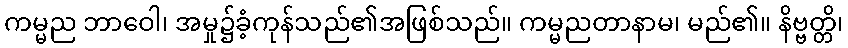
ကမ္မည ဘာဝေါ၊ အမှု၌ခံ့ကုန်သည်၏အဖြစ်သည်။ ကမ္မညတာနာမ၊ မည်၏။ နိဗ္ဗတ္တိ၊